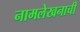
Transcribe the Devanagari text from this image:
नामलेखनाची